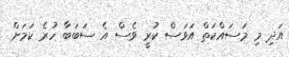
އަދި މި މަސައްކަތް އަވަސް ކުރީ ވެސް އެ ސަބަބާ ހުރެ ކަމަށް